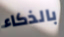
بالذكاء